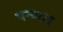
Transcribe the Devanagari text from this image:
पन्चरात्र